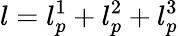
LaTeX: l=l_{p}^{1}+l_{p}^{2}+l_{p}^{3}